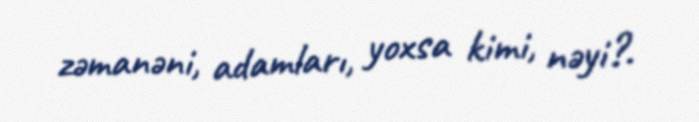
zəmanəni, adamları, yoxsa kimi, nəyi?.